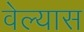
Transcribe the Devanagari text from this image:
वेल्यास